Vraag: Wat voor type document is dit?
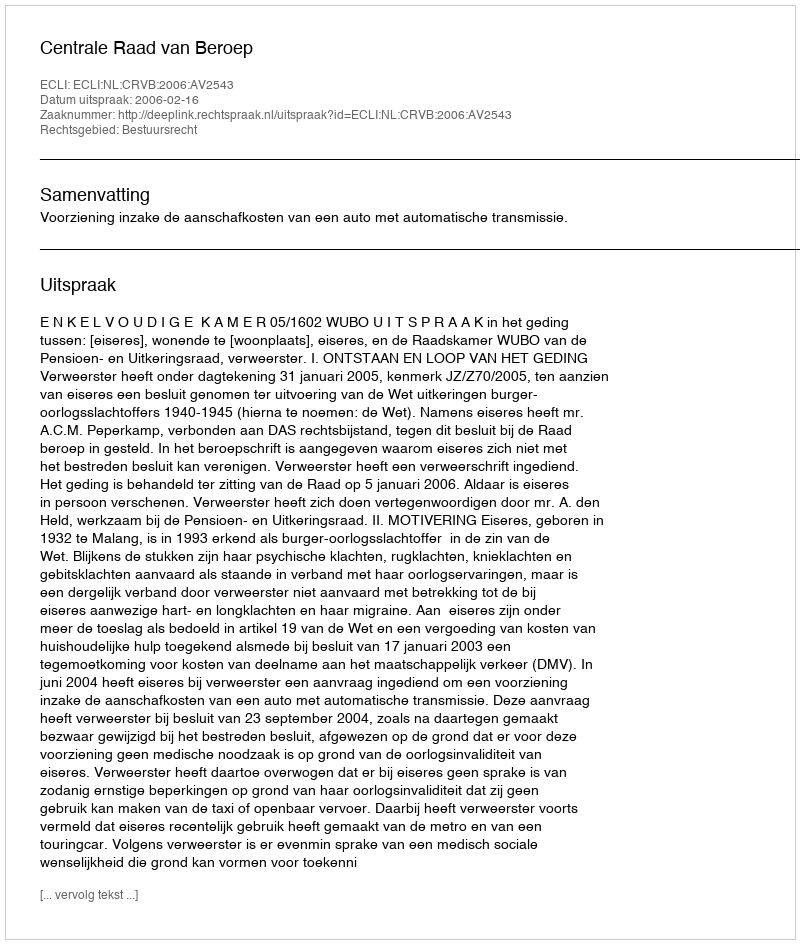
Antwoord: Uitspraak